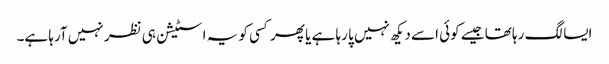
ایسا لگ رہا تھا جیسے کوئی اسے دیکھ نہیں پا رہا ہے یا پھر کسی کو یہ اسٹیشن ہی نظر نہیں آرہا ہے۔